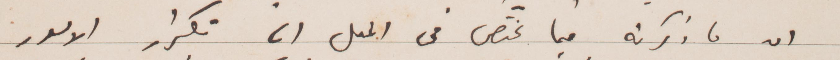
ان ما ذكرته فيما يختص في الجمل الى تكرار الأمور